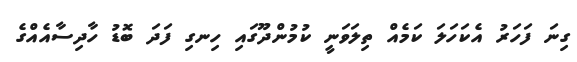
ގިނަ ފަހަރު އެކަހަލަ ކަމެއް ތިލަވަނީ ކުމުންދޫގައި ހިނގި ފަދަ ބޮޑު ހާދިސާއެއްގެ